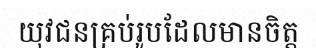
យុវជនគ្រប់រូបដែលមានចិត្ត